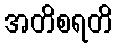
အတိစရတိ